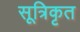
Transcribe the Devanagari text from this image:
सूत्रिकृत